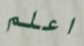
اعلم